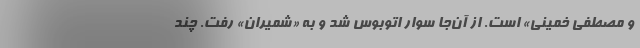
و مصطفی خمینی» است. از آن‌جا سوار اتوبوس شد و به «شمیران» رفت. چند